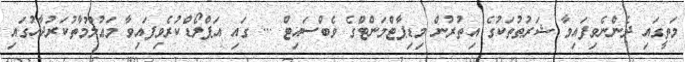
މަތީގައި ދެންނެވިފައިވާ ޝަރުޠުތަކުގެ އިތުރުން މިޑިޕާޓްމަންޓްގެ ވެބްސައިޓް ... ގައި އަޕްލޯޑްކުރެވިފައިވާ މަޢުލޫމާތުކަރުދާހުގައި